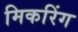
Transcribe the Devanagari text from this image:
मिकरिंग